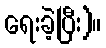
ရေးခဲ့ပြီး)။